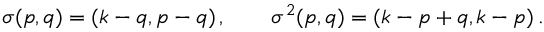
\sigma ( p , q ) = ( k - q , p - q ) \, , \qquad \sigma ^ { 2 } ( p , q ) = ( k - p + q , k - p ) \, .